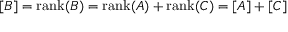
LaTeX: [ B ] = \operatorname { r a n k } ( B ) = \operatorname { r a n k } ( A ) + \operatorname { r a n k } ( C ) = [ A ] + [ C ]